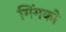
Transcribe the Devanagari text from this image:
गिंगको